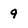
Character: 9